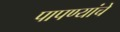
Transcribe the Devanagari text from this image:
पापण्यांचे